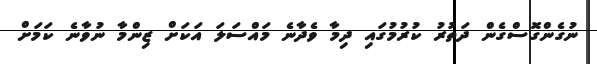
ނުގެންގޮސްގެން ދަތުރު ކުރުމުގައި ދިމާ ވެދާނެ މައްސަލަ އަކަށް ޒިންމާ ނުވާނެ ކަމަށް